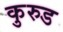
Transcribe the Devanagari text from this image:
कुरुड